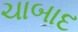
ચાબાદ